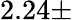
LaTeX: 2.24\pm